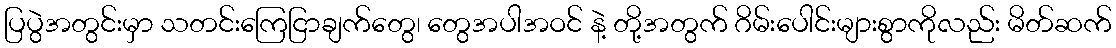
ပြပွဲအတွင်းမှာ သတင်းကြေငြာချက်တွေ၊ တွေအပါအဝင် နဲ့ တို့အတွက် ဂိမ်းပေါင်းများစွာကိုလည်း မိတ်ဆက်